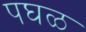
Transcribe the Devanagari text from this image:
पघळ